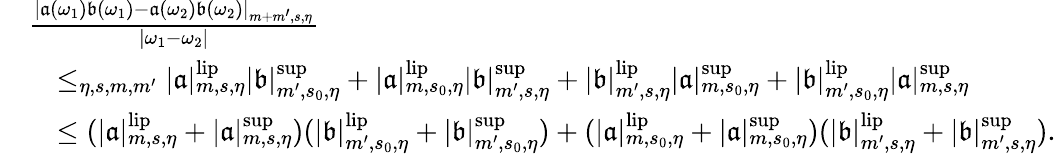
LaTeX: \begin{array}{rl}&{\frac{\left|\mathfrak{a}(\omega_{1})\mathfrak{b}(\omega_{1})-\mathfrak{a}(\omega_{2})\mathfrak{b}(\omega_{2})\right|_{m+m^{\prime},s,\eta}}{|\omega_{1}-\omega_{2}|}}\\ &{\quad\le_{\eta,s,m,m^{\prime}}|\mathfrak{a}|_{m,s,\eta}^{\mathrm{lip}}|\mathfrak{b}|_{m^{\prime},s_{0},\eta}^{\operatorname*{sup}}+|\mathfrak{a}|_{m,s_{0},\eta}^{\mathrm{lip}}|\mathfrak{b}|_{m^{\prime},s,\eta}^{\operatorname*{sup}}+|\mathfrak{b}|_{m^{\prime},s,\eta}^{\mathrm{lip}}|\mathfrak{a}|_{m,s_{0},\eta}^{\operatorname*{sup}}+|\mathfrak{b}|_{m^{\prime},s_{0},\eta}^{\mathrm{lip}}|\mathfrak{a}|_{m,s,\eta}^{\operatorname*{sup}}}\\ &{\quad\le(|\mathfrak{a}|_{m,s,\eta}^{\mathrm{lip}}+|\mathfrak{a}|_{m,s,\eta}^{\operatorname*{sup}})(|\mathfrak{b}|_{m^{\prime},s_{0},\eta}^{\mathrm{lip}}+|\mathfrak{b}|_{m^{\prime},s_{0},\eta}^{\operatorname*{sup}})+(|\mathfrak{a}|_{m,s_{0},\eta}^{\mathrm{lip}}+|\mathfrak{a}|_{m,s_{0},\eta}^{\operatorname*{sup}})(|\mathfrak{b}|_{m^{\prime},s,\eta}^{\mathrm{lip}}+|\mathfrak{b}|_{m^{\prime},s,\eta}^{\operatorname*{sup}}).}\end{array}